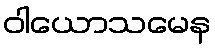
ဝါယောသမေန